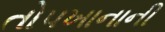
તોપખાનાની